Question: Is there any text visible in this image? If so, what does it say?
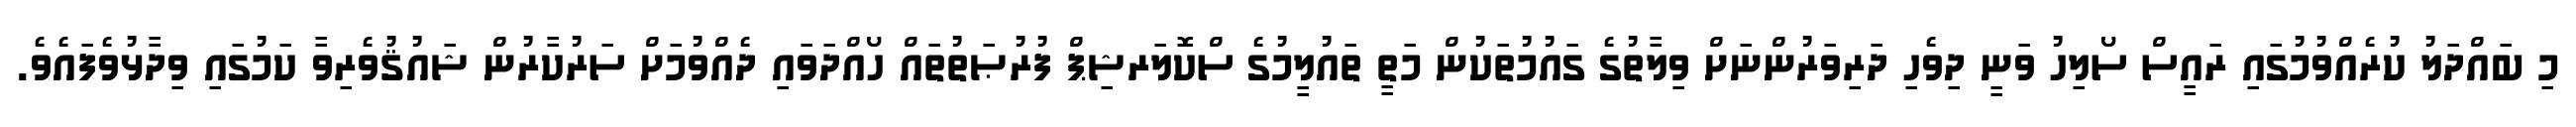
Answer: މި ބައްދަލު ކުރެއްވުމުގައި ރައީސް ސޯލިހު ވަނީ ދިވެހި ދަރިވަރުންނަށް ވިލާތުގެ ގައުމުތަކުން މަތީ ތައުލީމުގެ ސްކޮލަރޝިޕް ފުރުޞަތުތައް ހޯއްދަވައި ދެއްވުމަށް ސަރުކާރުން ޝައުޤުވެރިވާ ކަމުގައި ވިދާޅުވެފައެވެ.